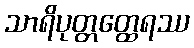
သာရိပုတ္တတ္ထေရဿ